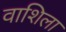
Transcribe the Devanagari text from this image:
वाशिला